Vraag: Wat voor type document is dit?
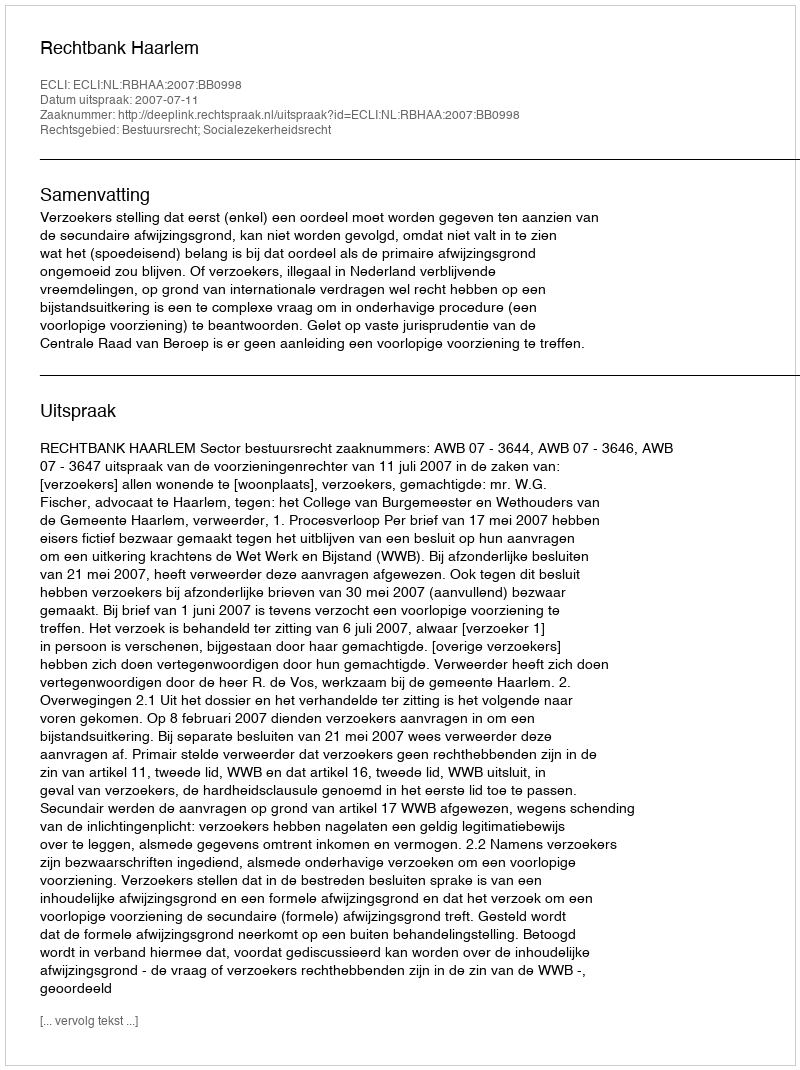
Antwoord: Uitspraak